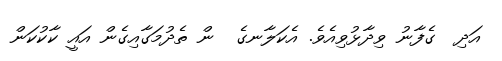
އަދި  ގެފާނު ވިދާޅުވިއެވެ. އެކަލާނގެ  ން ތެދުމަގާއިގެން އައީ ކާކުކަން